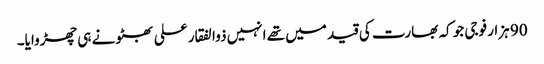
90 ہزار فوجی جو کہ بھارت کی قید میں تھے انہیں ذوالفقار علی بھٹو نے ہی چھڑوایا۔